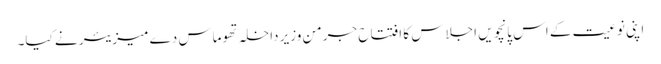
اپنی نوعیت کے اس پانچویں اجلاس کا افتتاح جرمن وزیر داخلہ تھوماس دے میزیئر نے کیا۔